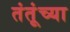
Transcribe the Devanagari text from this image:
तंतूंच्या